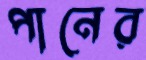
পানের